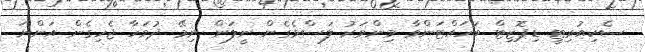
ސެކިއުރިޓީ ޑިޕޮޒިޓް ބަހައްޓަންވާ މިންވަރު ލަސްވެގެން ނީލަން ނިމޭ ދުވަހާ ޖެހިގެން އަންނަ